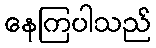
နေကြပါသည်